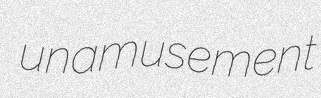
unamusement